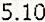
5.10